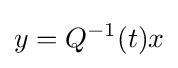
\displaystyle y=Q^{-1}(t)x